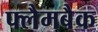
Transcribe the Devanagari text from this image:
फ्लैमबैक